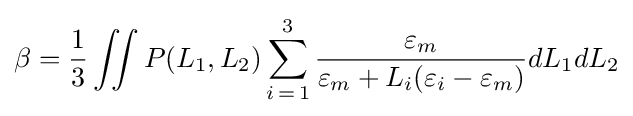
\beta ={\frac {1}{3}}\iint P(L_{1},L_{2})\sum _{i\mathop {=} 1}^{3}{\frac {\varepsilon _{m}}{\varepsilon _{m}+L_{i}(\varepsilon _{i}-\varepsilon _{m})}}dL_{1}dL_{2}